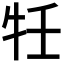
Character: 𭷗